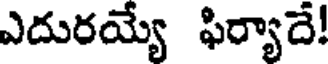
ఎదురయ్యే ఫిర్యాదే!